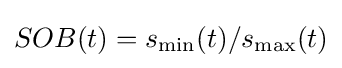
SOB(t)=s_{\min }(t)/s_{\max }(t)